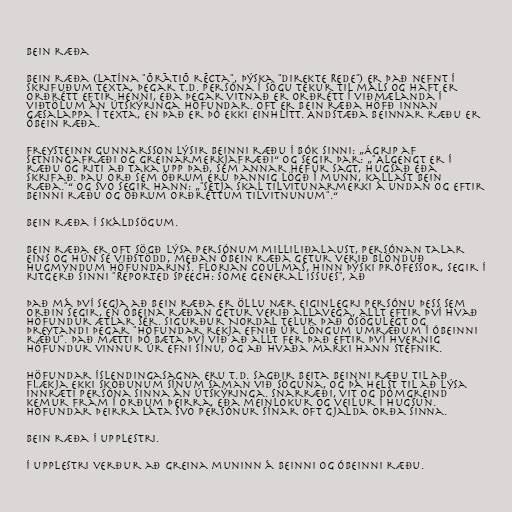
Bein ræða

Bein ræða (latína "ōrātiō rēcta", þýska "direkte Rede") er það nefnt í
skrifuðum texta, þegar t.d. persóna í sögu tekur til máls og haft er
orðrétt eftir henni, eða þegar vitnað er orðrétt í viðmælanda í
viðtölum án útskýringa höfundar. Oft er bein ræða höfð innan
gæsalappa í texta, en það er þó ekki einhlítt. Andstæða beinnar ræðu er
óbein ræða.

Freysteinn Gunnarsson lýsir beinni ræðu í bók sinni: „Ágrip af
setningafræði og greinarmerkjafræði“ og segir þar: „"Algengt er í
ræðu og riti að taka upp það, sem annar hefur sagt, hugsað eða
skrifað. Þau orð sem öðrum eru þannig lögð í munn, kallast bein
ræða."“ Og svo segir hann: „"Setja skal tilvitunarmerki á undan og eftir
beinni ræðu og öðrum orðréttum tilvitnunum".“

Bein ræða í skáldsögum.

Bein ræða er oft sögð lýsa persónum milliliðalaust, persónan talar
eins og hún sé viðstödd, meðan óbein ræða getur verið blönduð
hugmyndum höfundarins. Florian Coulmas, hinn þýski prófessor, segir í
ritgerð sinni "Reported speech: Some general issues", að

Það má því segja að bein ræða er öllu nær eiginlegri persónu þess sem
orðin segir, en óbeina ræðan getur verið allavega, allt eftir því hvað
höfundur ætlar sér. Sigurður Nordal telur það ósögulegt og
þreytandi þegar "höfundar rekja efnið úr löngum umræðum í óbeinni
ræðu". Það mætti þó bæta því við að allt fer það eftir því hvernig
höfundur vinnur úr efni sínu, og að hvaða marki hann stefnir.

Höfundar íslendingasagna eru t.d. sagðir beita beinni ræðu til að
flækja ekki skoðunum sínum saman við söguna, og þá helst til að lýsa
innræti persóna sinna án útskýringa. Snarræði, vit og dómgreind
kemur fram í orðum þeirra, eða meinlokur og veilur í hugsun.
Höfundar þeirra láta svo persónur sínar oft gjalda orða sinna.

Bein ræða í upplestri.

Í upplestri verður að greina muninn á beinni og óbeinni ræðu.